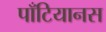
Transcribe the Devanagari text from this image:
पाँटियानस